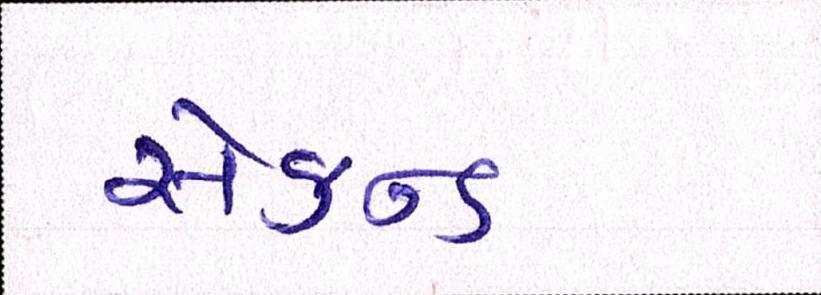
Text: સેકન્ડ